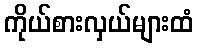
ကိုယ်စားလှယ်များထံ